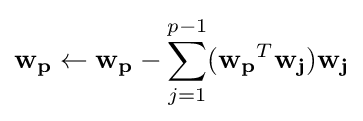
\mathbf {w_{p}} \leftarrow \mathbf {w_{p}} -\sum _{j=1}^{p-1}(\mathbf {w_{p}} ^{T}\mathbf {w_{j}} )\mathbf {w_{j}}